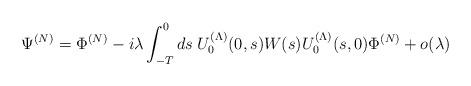
LaTeX: \begin{align*}\Psi^{(N)}=\Phi^{(N)}-i\lambda\int_{-T}^0ds\; U_0^{(\Lambda)}(0,s)W(s)U_0^{(\Lambda)}(s,0)\Phi^{(N)}+o(\lambda)\end{align*}